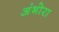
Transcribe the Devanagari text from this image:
अंभोरा